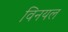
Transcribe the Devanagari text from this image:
विनयल